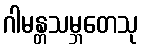
ဂါမန္တသမ္ဘတေသု